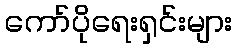
ကော်ပိုရေးရှင်းများ